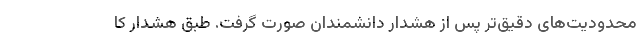
محدودیت‌های دقیق‌تر پس از هشدار دانشمندان صورت گرفت. طبق هشدار کا